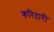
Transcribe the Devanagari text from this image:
करिदारी